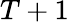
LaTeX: T+1